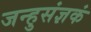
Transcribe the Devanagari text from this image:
जन्हुसंज्ञकं